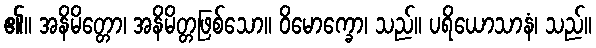
၏။ အနိမိတ္တော၊ အနိမိတ္တဖြစ်သော။ ဝိမောက္ခော၊ သည်။ ပရိယောသာနံ၊ သည်။